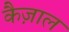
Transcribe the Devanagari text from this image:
कैज़ाल